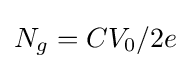
N_{g}=CV_{0}/2e